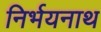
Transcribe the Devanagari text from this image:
निर्भयनाथ